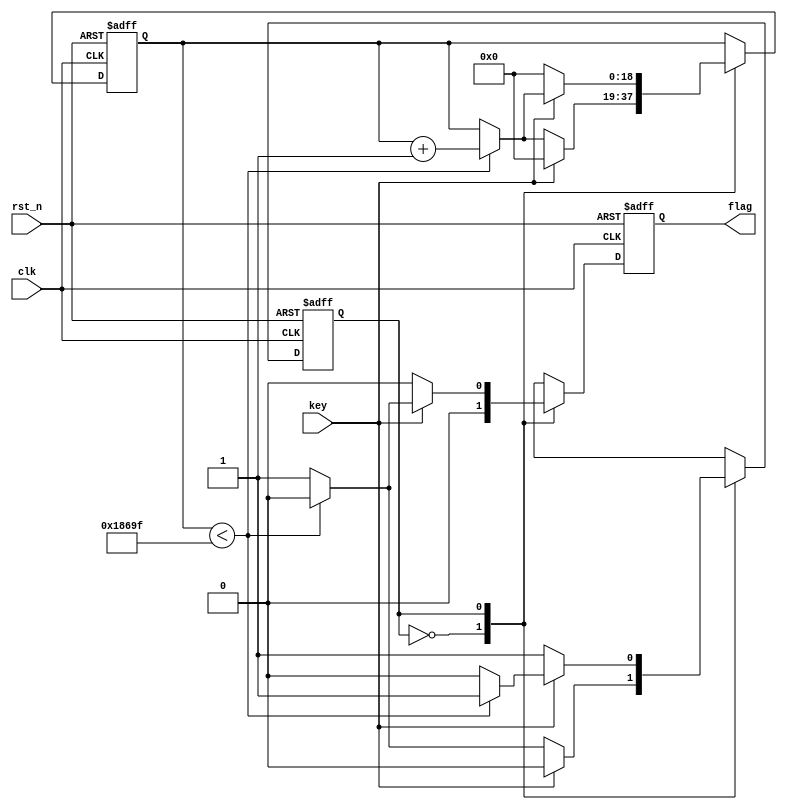
module fitter(clk, rst_n, key, flag);//qian dou dong

	input clk, rst_n;
	input key;
	
	output reg flag;

	`define T 100000

	reg [18:0] cnt;
	reg state;
	
	always @ (posedge clk or negedge rst_n)
		begin
			if(!rst_n)
				begin
					cnt <= 19'd0;
					state <= 0;
					flag <= 1'b0;
				end
			else
				begin
					case(state)
						0:	begin
								if(!key)
									begin
										if(cnt < `T - 1)
											begin
												flag <= 1'b0;
												cnt <= cnt + 1'b1;
												state <= 0;
											end
										else
											begin
												flag <= 1'b0;
												cnt <= cnt;
												state <= 1;
											end
									end
								else
									begin
										cnt <= 0;
										flag <= 1'b0;
										state <= 0;
									end
							end
						1:	begin
								if(!key)
									begin
										state <= 1;
										cnt <= 0;
										flag <= 1'b0;
									end
								else
									begin
										if(cnt < `T - 1)
											begin
												flag <= 1'b0;
												cnt <= cnt + 1'b1;
												state <= 1;
											end
										else
											begin
												flag <= 1'b1;
												state <= 0;
											end
									end
							end
						default:state <= 0;
					endcase
				end
		end

endmodule